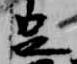
足